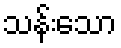
သန်းသော